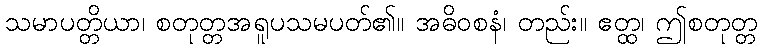
သမာပတ္တိယာ၊ စတုတ္တအရူပသမပတ်၏။ အဓိဝစနံ၊ တည်း။ ဧတ္ထ၊ ဤစတုတ္တ